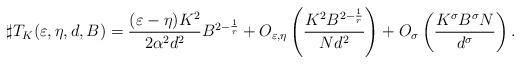
LaTeX: \begin{align*}\sharp T_K(\varepsilon,\eta, d,B)=\frac{(\varepsilon-\eta)K^2}{2\alpha^2 d^2}B^{2-\frac{1}{r}}+O_{\varepsilon,\eta}\left(\frac{K^2B^{2-\frac{1}{r}}}{N d^2}\right)+O_{\sigma}\left(\frac{K^\sigma B^\sigma N}{d^\sigma}\right).\end{align*}